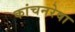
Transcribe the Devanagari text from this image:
कांचनरेषा